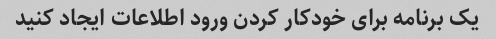
یک برنامه برای خودکار کردن ورود اطلاعات ایجاد کنید